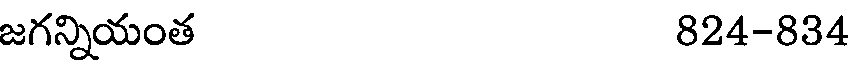
జగన్నియంత 824-834